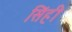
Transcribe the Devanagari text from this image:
सिंही